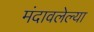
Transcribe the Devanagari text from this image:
मंदावलेल्या